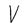
Character: V